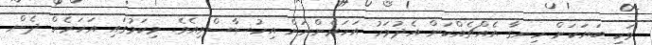
ވަކި ބަޔަކަށް ހިނގާ އެއްޗެއްކަން އެދުވަހު އަހަރެންނަށް އިހުސާސްވިއެވެ. މިކަމުގައި އަހަރެން ދެން